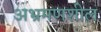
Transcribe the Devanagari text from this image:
अभ्रमणशील